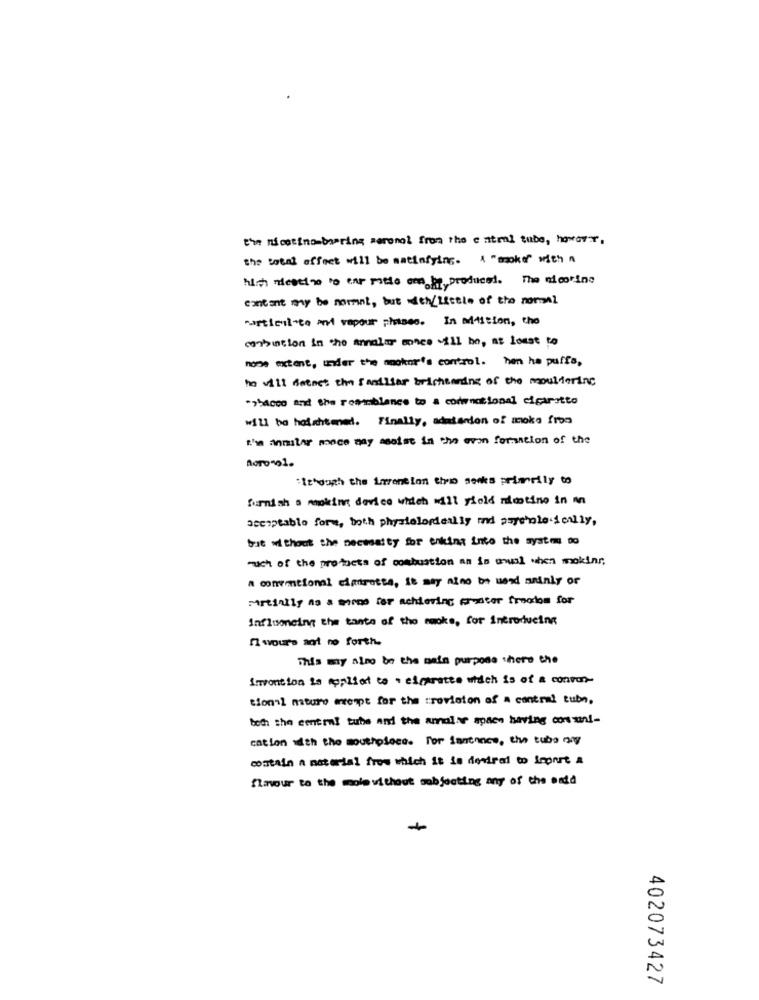
the nicotina barring seronol from the entml tube, however.
the total effect will be satisfying. A "moke" with a
him destino to car motto ama is produced. The nicotine
cantant my be normal, but den/Little of the normal
Particulate mal vepour phises. In addition, the
conbution in the annalar mace will be, at losse to
hose extent, under the moker's control. han he puffs,
hn vill deines the fandifar brichtardne of the mouldering
*>54000 and the resinblance to # comonacional cigarstto
will ba hoichtmed. Finally, adatanion of moke from
I'ma anmitar mece may asolat in the evon formation of the
:Ithough the Lavention them monks primarily to
furnish s moking device which will yield mimotino in nn
acceptable forme, both physiologieally and psychole ically,
but without the necessity for enking into the system to
much of the profacts of combustion an in anual when making,
A conventional cimarotte, it may also be wood andnly or
Partially as a meno for achieving proster freedom for
Influonein the tante of the mapke, for introducing
fl mours ant no forth.
This my alno be the main purpose where the
Simvention is applied to . elcarotte which is of a conver
tional mture exempt for the rrovioton of a contral tub,
both the central tube and the annalas sten having conmi-
cation with the mouthpiece. For sentance, the tube any
contain a material from which it is deviral to Iconrt a
Amour to the mole vithout subjecting any of the end
402073427